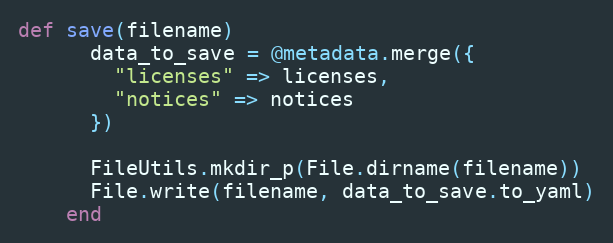
Language: Ruby
def save(filename)
      data_to_save = @metadata.merge({
        "licenses" => licenses,
        "notices" => notices
      })

      FileUtils.mkdir_p(File.dirname(filename))
      File.write(filename, data_to_save.to_yaml)
    end